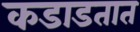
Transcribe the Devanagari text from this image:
कडाडतात